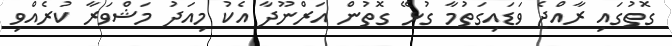
ގޮތުގައި ރާއްޖެ ވަޑައިގަތުމާ ގުޅޭ ގޮތުން އަރްނޫދާ އެކު މިއަދު މަޝްވަރާ ކުރެެއްވި